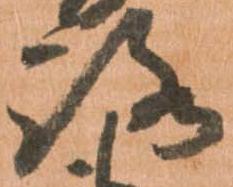
路